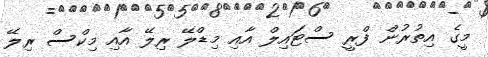
މީގެ އިތުރުން ފްރީ ސްޓައިލް އާއި މިޑްލޭ ރިލޭ އާއި މިކްސް ރިލޭ